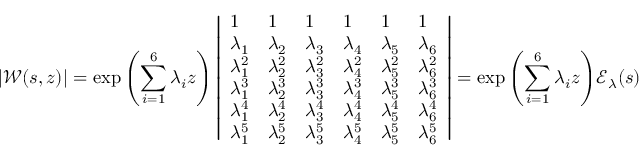
| \mathscr { W } ( s , z ) | = \exp { \left( \sum _ { i = 1 } ^ { 6 } \lambda _ { i } z \right) } \left| \begin{array} { l l l l l l } { 1 } & { 1 } & { 1 } & { 1 } & { 1 } & { 1 } \\ { \lambda _ { 1 } } & { \lambda _ { 2 } } & { \lambda _ { 3 } } & { \lambda _ { 4 } } & { \lambda _ { 5 } } & { \lambda _ { 6 } } \\ { \lambda _ { 1 } ^ { 2 } } & { \lambda _ { 2 } ^ { 2 } } & { \lambda _ { 3 } ^ { 2 } } & { \lambda _ { 4 } ^ { 2 } } & { \lambda _ { 5 } ^ { 2 } } & { \lambda _ { 6 } ^ { 2 } } \\ { \lambda _ { 1 } ^ { 3 } } & { \lambda _ { 2 } ^ { 3 } } & { \lambda _ { 3 } ^ { 3 } } & { \lambda _ { 4 } ^ { 3 } } & { \lambda _ { 5 } ^ { 3 } } & { \lambda _ { 6 } ^ { 3 } } \\ { \lambda _ { 1 } ^ { 4 } } & { \lambda _ { 2 } ^ { 4 } } & { \lambda _ { 3 } ^ { 4 } } & { \lambda _ { 4 } ^ { 4 } } & { \lambda _ { 5 } ^ { 4 } } & { \lambda _ { 6 } ^ { 4 } } \\ { \lambda _ { 1 } ^ { 5 } } & { \lambda _ { 2 } ^ { 5 } } & { \lambda _ { 3 } ^ { 5 } } & { \lambda _ { 4 } ^ { 5 } } & { \lambda _ { 5 } ^ { 5 } } & { \lambda _ { 6 } ^ { 5 } } \end{array} \right| = \exp { \left( \sum _ { i = 1 } ^ { 6 } \lambda _ { i } z \right) } \mathscr { E } _ { \lambda } ( s )